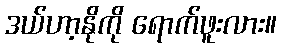
ဒယ်ဟာ့နိုကို ရောက်ဖူးလား။